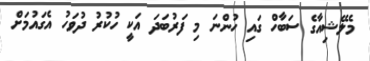
މެލޭޝިއާގެ ސަބާހް ގައި ހުންނަ މި ފަރުބަދަ އަކީ ހުކުރު ދުވަހު އެގައުމަށް